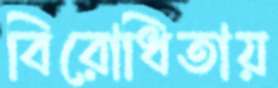
বিরোধিতায়